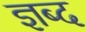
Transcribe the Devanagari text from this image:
ज्ञब्द